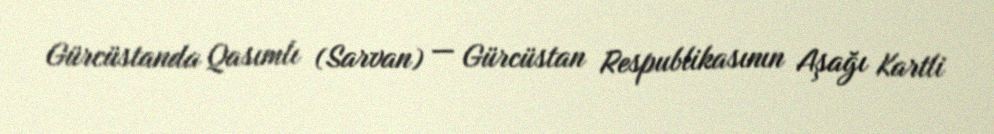
Gürcüstanda Qasımlı (Sarvan) — Gürcüstan Respublikasının Aşağı Kartli